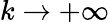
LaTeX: k\to+\infty